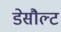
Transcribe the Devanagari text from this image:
डेसौल्ट